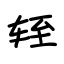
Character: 轾